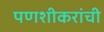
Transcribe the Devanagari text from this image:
पणशीकरांची